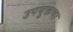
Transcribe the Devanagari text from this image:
उपयुक्तचा